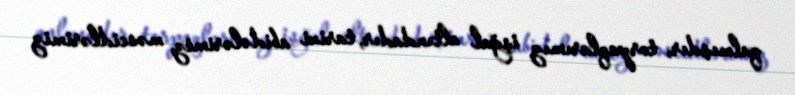
qalmışdır, torpaqlarımız işğal altındadır, tarixi abidələrimiz, məscidlərimiz